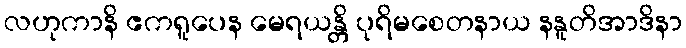
လဟုကာနိ ဧကရူပေန မေရယန္တိ ပုရိမစေတနာယ နနူတိအာဒိနာ